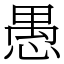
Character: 愚